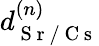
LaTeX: d_{\mathrm{~S~r~/~C~s~}}^{(n)}